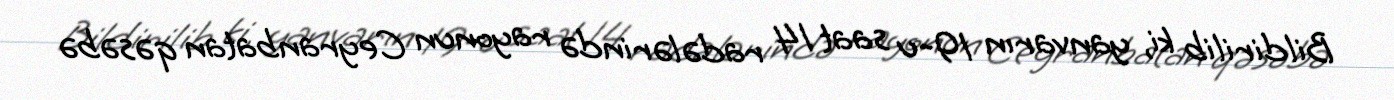
Bildirilib ki, yanvarın 19-u saat 14 radələrində rayonun Ceyranbatan qəsəbə